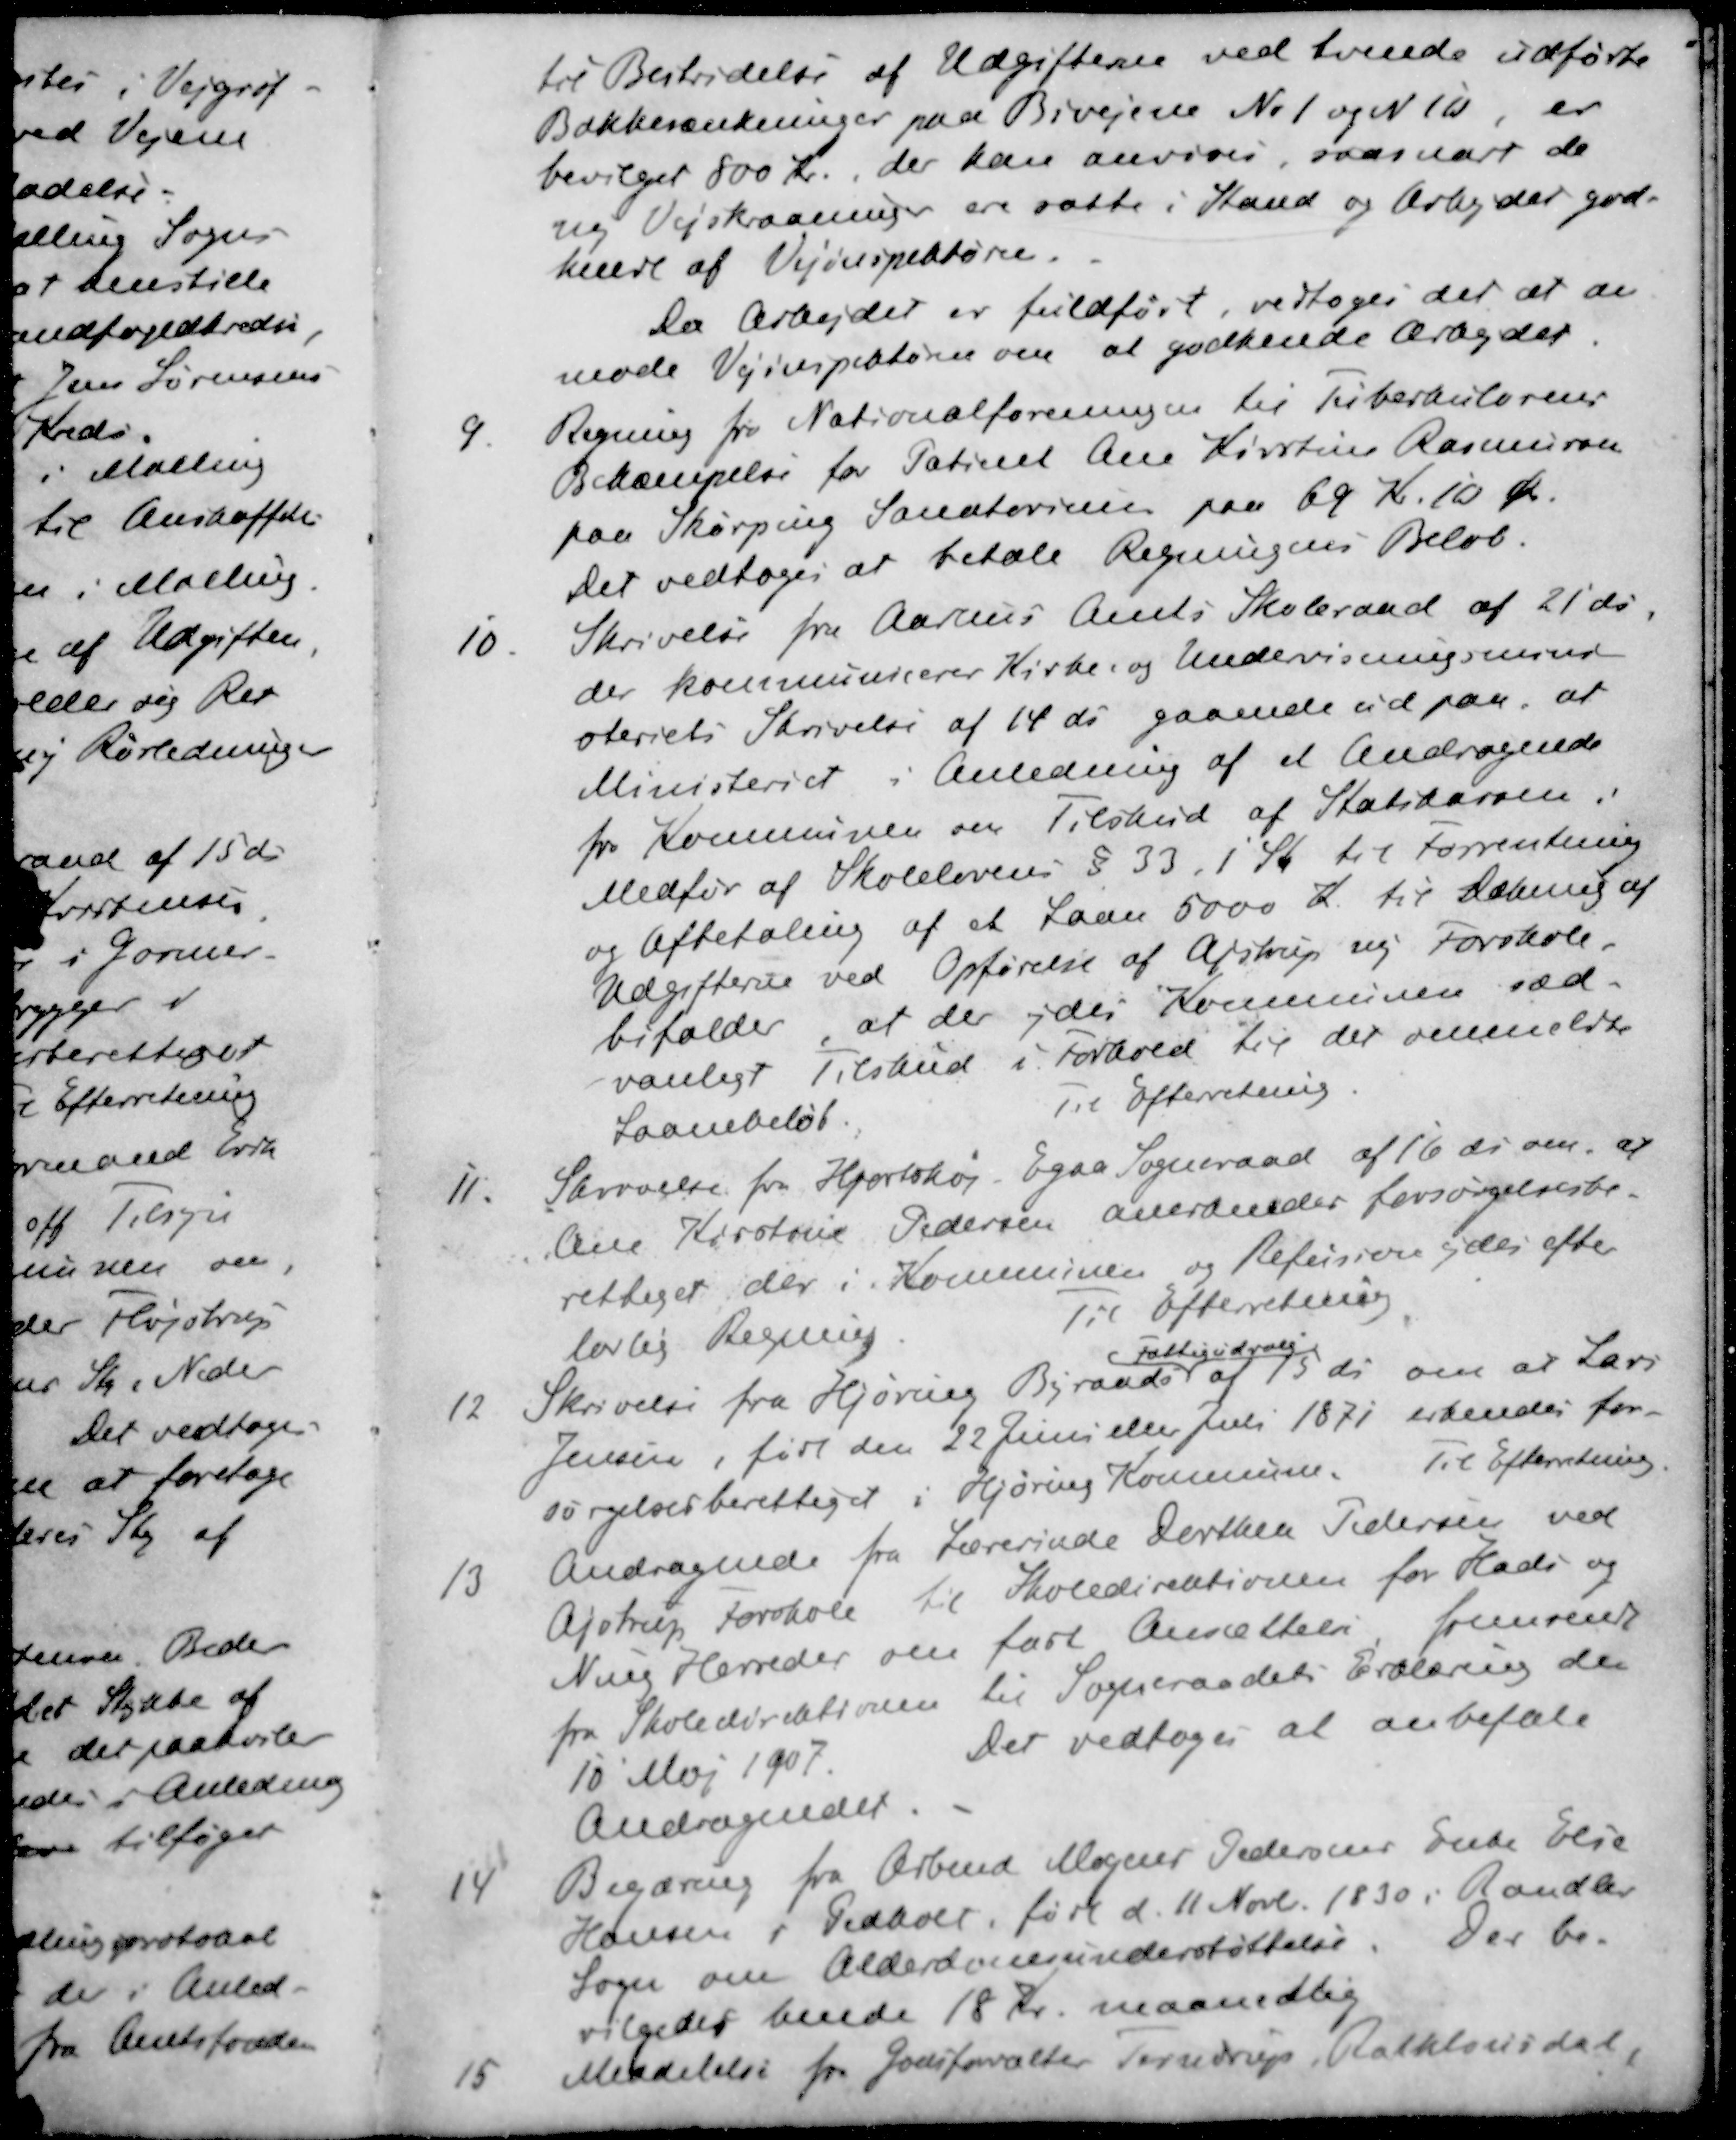
Transskription:
til Bestridelse af Udgifterne ved tvende udførte
Bokkesænkninger paa Bivejene No 1 og 16, er
bevilget 800 Kr. der kan anvises, saasnart de
ny Vejskraaninger ere satte i Stand og Arbejder god-
kendt af Vejinspektøren.
Da Arbejdet er fuldført, vedtoges det at an-
mode Vejinspektøren om at godkende Arbejdet
9. Regning fra Nationalforeningen til Tuberkulosens
Bekæmpelse for Patient Ane Kirstine Rasmussen
paa Skørping Sanatorien paa 69 Kr. 10 Ør.
Det vedtoges at betale Regningens Beløb.
10. Skrivelse fra Aarhus Amts Skoleraad af 21' ds.
der kommunicerer Kirke, og Undervisningsmini-
steriets Skrivelse af 14 ds gaaende ud paa, at
Ministeriet i Anledning af et Andragende
fra Kommunen om Tilskud af Statskassen i
Medfør af Skolelovens § 33, 1 Stk til Forrentning
og Afbetaling af et Laan 5000 Kr. til Dækning af
Udgifterne ved Opførelse af Ajstrup ny Forskole
bifalder at der ydes Kommunen sæd-
vanligt Tilskud i Forhold til der ommeldte
Laanebeløb Til Efterretning
11. Skrivelse fra Hjortshøj Egaa Sogneraad af 16 ds om, at
Ane Kirstine Pedersen anerkendes forsørgelsesbe-
rettiget der i Kommunen og Refusion ydes efter
lovlig Regning Til Efterretning
Fattigudvalg
12. Skrivelse fra Hjøring Byraadet af 15 ds om at Lars
Jensen, født den 22 Juni eller Juli 1871 erkendes for-
sørgelsesberettiget i Hjøring Kommune. Til Efterretning.
13. Andragende fra Lærerinde Dorthea Pedersen ved
Ajstrup Forskole til Skoledirektionen for Hads og
Ning Herreder om fast Ansættelse fremsendt
fra Skoledirektionen til Sogneraadets Erklæring den
10 Maj 1907. Det vedtoges at anbefale
Andragendet.
14. Begæring fra Arbmd Mogens Pedersens Enke Else
Hansen i Pedholt, født d. 11 Novb. 1830 i Randlev
Sogn om Alderdomsunderstøttelse. Der be-
vilgedes hende 18 Kr. maanedlig
15. Meddelelse for Godsforvalter Terndrup, Rathlousdal